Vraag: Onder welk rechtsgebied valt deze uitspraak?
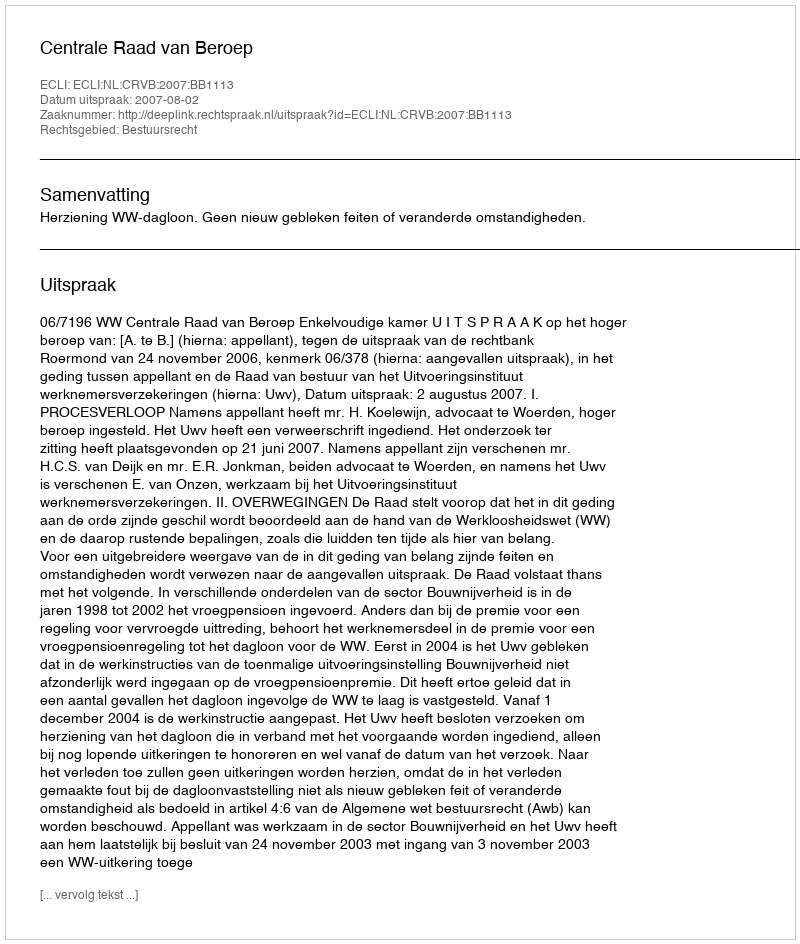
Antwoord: Bestuursrecht